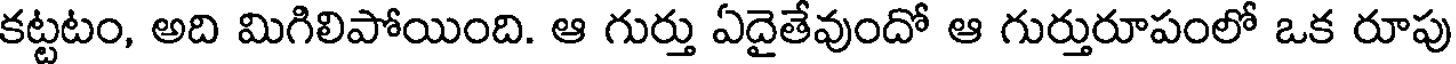
కట్టటం, అది మిగిలిపోయింది. ఆ గుర్తు ఏదైతేవుందో ఆ గుర్తురూపంలో ఒక రూపు